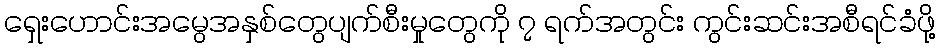
ရှေးဟောင်းအမွေအနှစ်တွေပျက်စီးမှုတွေကို ၇ ရက်အတွင်း ကွင်းဆင်းအစီရင်ခံဖို့